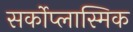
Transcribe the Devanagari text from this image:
सर्कोप्लास्मिक